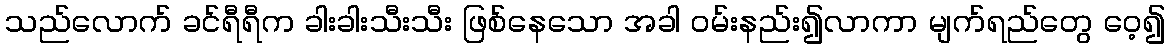
သည်လောက် ခင်ရီရီက ခါးခါးသီးသီး ဖြစ်နေသော အခါ ဝမ်းနည်း၍လာကာ မျက်ရည်တွေ ဝေ့၍